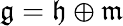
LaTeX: {\mathfrak{g}}={\mathfrak{h}}\oplus{\mathfrak{m}}